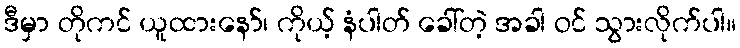
ဒီမှာ တိုကင် ယူထားနော်၊ ကိုယ့် နံပါတ် ခေါ်တဲ့ အခါ ဝင် သွားလိုက်ပါ။